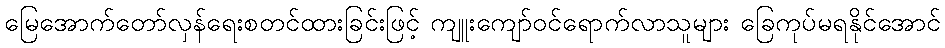
မြေအောက်တော်လှန်ရေးစတင်ထားခြင်းဖြင့် ကျူးကျော်ဝင်ရောက်လာသူများ ခြေကုပ်မရနိုင်အောင်